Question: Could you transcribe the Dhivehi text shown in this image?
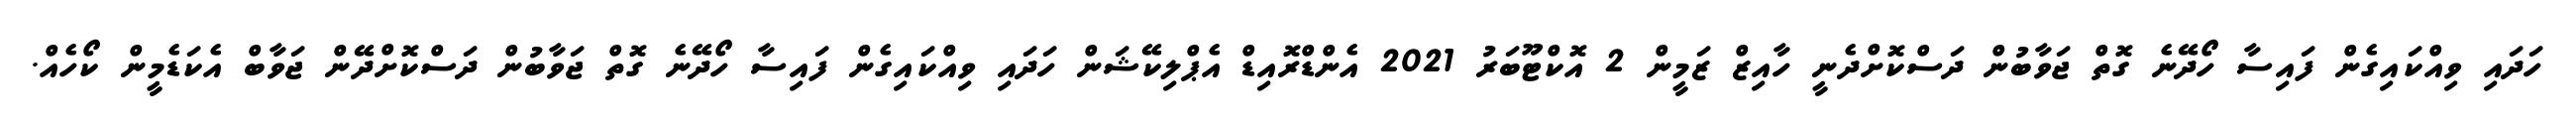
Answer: ހަދައި ވިއްކައިގެން ފައިސާ ހޯދޭނެ ގޮތް ޖަވާބުން ދަސްކޮށްދެނީ ހާއިޒް ޒަމީން 2 އޮކްޓޫބަރު 2021 އެންޑްރޮއިޑް އެޕްލިކޭޝަން ހަދައި ވިއްކައިގެން ފައިސާ ހޯދޭނެ ގޮތް ޖަވާބުން ދަސްކޮށްދޭން ޖަވާބް އެކަޑެމީން ކޯހެއް.